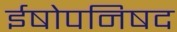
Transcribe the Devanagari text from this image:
ईषोपनिषद